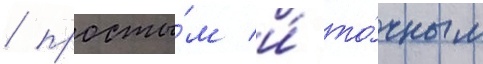
/ просты́м и́ то́чным